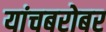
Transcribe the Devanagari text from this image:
यांचबरोबर